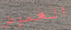
الغموض